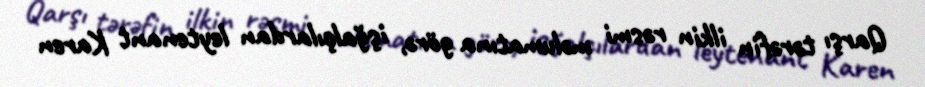
Qarşı tərəfin ilkin rəsmi məlumatına görə, işğalçılardan leytenant Karen